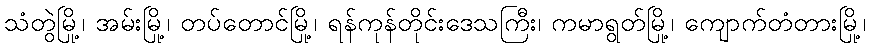
သံတွဲမြို့၊ အမ်းမြို့၊ တပ်တောင်မြို့၊ ရန်ကုန်တိုင်းဒေသကြီး၊ ကမာရွတ်မြို့၊ ကျောက်တံတားမြို့၊